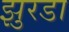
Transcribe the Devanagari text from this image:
झुरडा